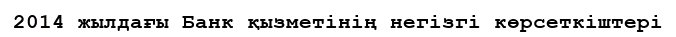
2014 жылдағы Банк қызметінің негізгі көрсеткіштері